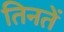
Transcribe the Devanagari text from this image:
तिनतें